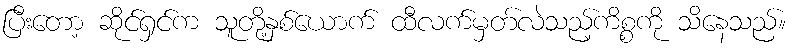
ပြီးတော့ ဆိုင်ရှင်က သူတို့နှစ်ယောက် ထီလက်မှတ်လဲသည့်ကိစ္စကို သိနေသည်။